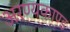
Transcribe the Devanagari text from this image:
अरण्‍यकाण्‍ड